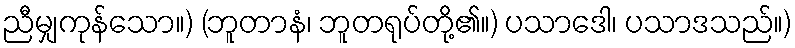
ညီမျှကုန်သော။) (ဘူတာနံ၊ ဘူတရုပ်တို့၏။) ပသာဒေါ၊ ပသာဒသည်။)